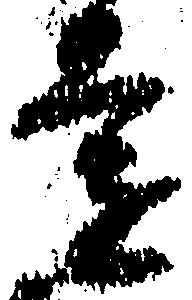
遠